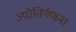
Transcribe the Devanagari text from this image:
ज्योतिर्गणना